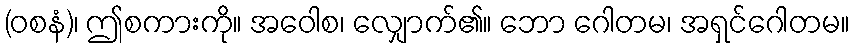
(ဝစနံ)၊ ဤစကားကို။ အဝေါစ၊ လျှောက်၏။ ဘော ဂေါတမ၊ အရှင်ဂေါတမ။